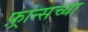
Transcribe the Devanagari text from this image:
फ़्रांन्सच्या